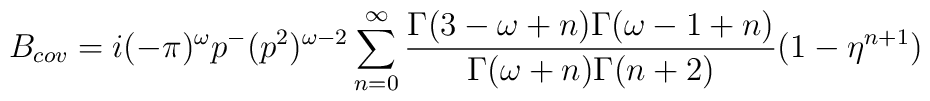
B_{cov}=i(-\pi)^\omega p^-(p^2)^{\omega-2}         \sum\limits^\infty_{n=0}         \frac{\Gamma(3-\omega+n)\Gamma(\omega-1+n)}{\Gamma(\omega+n)\Gamma(n+2)}         (1-\eta^{n+1})